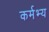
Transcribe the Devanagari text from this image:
कर्मभ्य